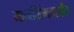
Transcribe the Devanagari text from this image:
मानसिंगापर्यंत